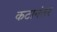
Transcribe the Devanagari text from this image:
कटानंतर